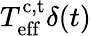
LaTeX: T_{\mathrm{eff}}^{\mathrm{c,t}}\delta(t)